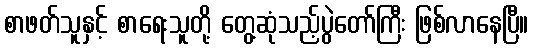
စာဖတ်သူနှင့် စာရေးသူတို့ တွေ့ဆုံသည့်ပွဲတော်ကြီး ဖြစ်လာနေပြီ။